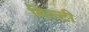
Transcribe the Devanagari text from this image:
बिल्टी